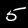
Digit: 5